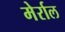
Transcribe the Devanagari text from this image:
मेर्राल